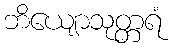
ဘိယျောသုတ္တရံ